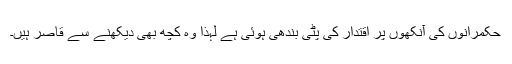
حکمرانوں کی آنکھوں پر اقتدار کی پٹی بندھی ہوئی ہے لہذا وہ کچھ بھی دیکھنے سے قاصر ہیں۔